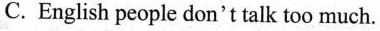
C. English people don't talk too much.